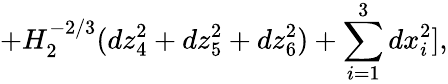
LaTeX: +H_{2}^{-2/3}(dz_{4}^{2}+dz_{5}^{2}+dz_{6}^{2})+\sum_{i=1}^{3}dx_{i}^{2}],